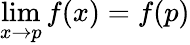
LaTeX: \operatorname*{lim}_{x\to p}f(x)=f(p)